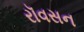
રૉવસન